Annual report of the Punjab Veterinary College and of the Civil Veterinary Department, Punjab - 1926-1932
Year: 1926
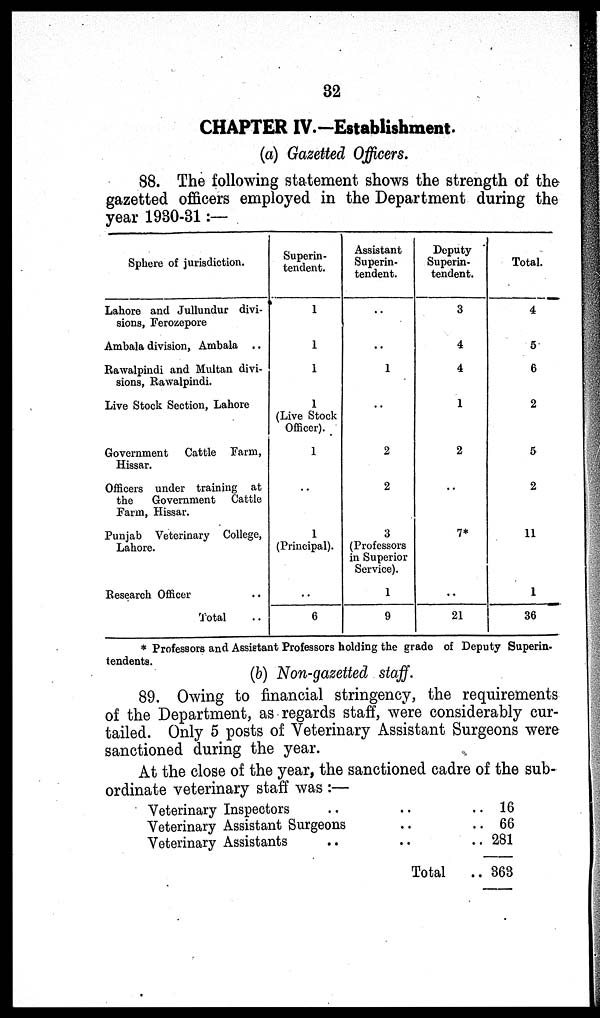
32
CHAPTER IV.-Establishment.
(a) Gazetted Officers.
88. The following statement shows the strength of the
gazetted officers employed in the Department during the
year 1930-31:—
Sphere of jurisdiction.
Lahore and Jullundur divi-
sions, Ferozepore
Ambala division, Ambala ..
Rawalpindi and Multan divi-
sions, Rawalpindi.
Live Stock Section, Lahore
Government
Cattle Farm,
Hissar.
Officers under training at
the
Government
Cattle
Farm, Hissar.
Punjab Veterinary College,
Lahore.
Research Officer ..
Total ..
Superin-
tendent.
1
1
1
1
(Live Stock
Officer).
1
..
1
(Principal).
..
6
Assistant
Superin-
tendent.
..
..
1
..
2
2
3
(Professors
in Superior
Service).
1
9
Deputy
Superin-
tendent.
3
4
4
1
2
..
7*
..
21
Total.
4
5
6
2
5
2
11
1
36
* Professors and Assistant Professors holding the grade of Deputy Superin-
tendents.
(b) Non-gazetted staff.
89. Owing to financial stringency, the requirements
of the Department, as regards staff, were considerably cur-
tailed. Only 5 posts of Veterinary Assistant Surgeons were
sanctioned during the year.
At the close of the year, the sanctioned cadre of the sub-
ordinate veterinary staff was :—
Veterinary Inspectors .. .. ..
Veterinary Assistant Surgeons.. ..
Veterinary Assistants
..
..
..
Total ..
16
66
281
363